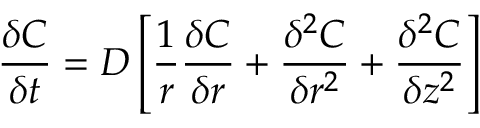
\frac { \delta C } { \delta t } = D \left[ \frac { 1 } { r } \frac { \delta C } { \delta r } + \frac { \delta ^ { 2 } C } { \delta r ^ { 2 } } + \frac { \delta ^ { 2 } C } { \delta z ^ { 2 } } \right]